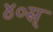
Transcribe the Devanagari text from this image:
४०स्